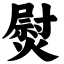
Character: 熨